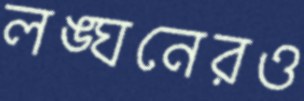
লঙ্ঘনেরও